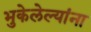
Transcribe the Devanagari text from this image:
भुकेलेल्यांना